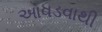
આવડવાથી